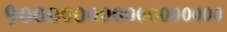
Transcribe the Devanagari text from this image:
१०००००००००००००००००